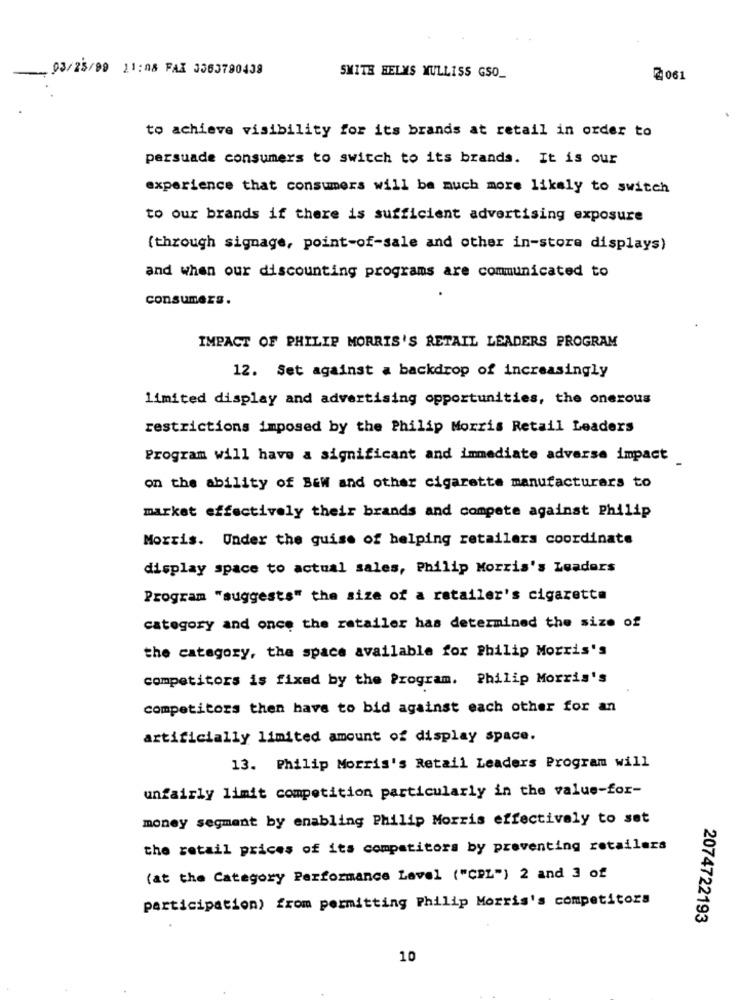
-
93/25/99 11:08 FAX 3563790438
SMITH BELYS MULLISS GSO_
@061
to achieve visibility for its brands at retail in order to
persuade consumers to switch to its brands. It is our
experience that consumers will be much more likely to switch
to our brands if there is sufficient advertising exposure
(through signage, point-of-sale and other in-store displays)
and when our discounting programs are communicated to
consumers.
IMPACT OF PHILIP MORRIS'S RETAIL LEADERS PROGRAM
12. Set against a backdrop of increasingly
limited display and advertising opportunities, the onerous
restrictions imposed by the Philip Morris Retail Leaders
Program will have a significant and immediate adverse impact
on the ability of BEW and other cigarette manufacturers to
market effectively their brands and compete against Philip
Morris. Under the guise of helping retailers coordinate
display space to actual sales, Philip Morris's Leaders
Program "suggests" the size of a retailer's cigarette
category and once the retailer has determined the size of
the category, the space available for Philip Morris's
competitors is fixed by the Program. Philip Morris's
competitors then have to bid against each other for an
artificially limited amount of display space.
13. Philip Morris's Retail Leaders Program will
unfairly limit competition particularly in the value-for-
money segment by enabling Philip Morris effectively to set
the retail prices of its competitors by preventing retailers
(at the Category Performance Lavel ("CPL") 2 and 3 of
participation) from permitting Philip Morris's competitors
2074722193
10